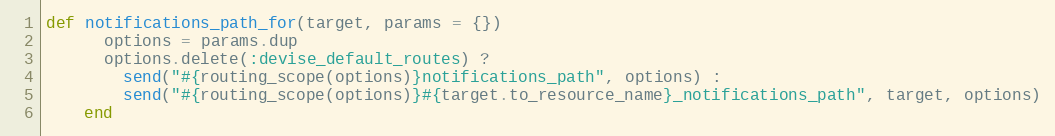
Language: Ruby
def notifications_path_for(target, params = {})
      options = params.dup
      options.delete(:devise_default_routes) ?
        send("#{routing_scope(options)}notifications_path", options) :
        send("#{routing_scope(options)}#{target.to_resource_name}_notifications_path", target, options)
    end